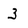
Character: 3